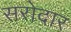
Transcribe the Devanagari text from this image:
सरोदार